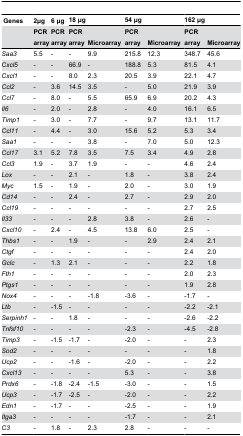
<table><thead><tr><td><b> Genes</b></td><td><b>2μg</b></td><td><b>6 μg</b></td><td colspan="2"><b>18 μg</b></td><td colspan="2"><b>54 μg</b></td><td colspan="2"><b>162 μg</b></td></tr><tr><td></td><td><b>PCR array</b></td><td><b>PCR array</b></td><td><b>PCR array</b></td><td><b>Microarray</b></td><td><b>PCR array</b></td><td><b>Microarray</b></td><td><b>PCR array</b></td><td><b>Microarray</b></td></tr></thead><tbody><tr><td><i>Saa3</i></td><td>5.5</td><td>-</td><td>-</td><td>9.9</td><td>215.8</td><td>12.3</td><td>348.7</td><td>45.6</td></tr><tr><td><i>Cxcl5</i></td><td>-</td><td>-</td><td>66.9</td><td>-</td><td>188.8</td><td>5.3</td><td>81.5</td><td>4.1</td></tr><tr><td><i>Cxcl1</i></td><td>-</td><td>-</td><td>8.0</td><td>2.3</td><td>20.5</td><td>3.9</td><td>22.1</td><td>4.7</td></tr><tr><td><i>Ccl2</i></td><td>-</td><td>3.6</td><td>14.5</td><td>3.5</td><td>-</td><td>5.0</td><td>21.9</td><td>3.9</td></tr><tr><td><i>Ccl7</i></td><td>-</td><td>8.0</td><td>-</td><td>5.5</td><td>65.9</td><td>6.9</td><td>20.2</td><td>4.3</td></tr><tr><td><i>Il6</i></td><td>-</td><td>2.0</td><td>-</td><td>2.8</td><td>-</td><td>4.0</td><td>16.1</td><td>6.5</td></tr><tr><td><i>Timp1</i></td><td>-</td><td>3.0</td><td>-</td><td>7.7</td><td>-</td><td>9.7</td><td>13.1</td><td>11.7</td></tr><tr><td><i>Ccl11</i></td><td>-</td><td>4.4</td><td>-</td><td>3.0</td><td>15.6</td><td>5.2</td><td>5.3</td><td>3.4</td></tr><tr><td><i>Saa1</i></td><td>-</td><td>-</td><td>-</td><td>3.8</td><td>-</td><td>7.0</td><td>5.0</td><td>12.3</td></tr><tr><td><i>Ccl17</i></td><td>3.1</td><td>5.2</td><td>7.8</td><td>3.5</td><td>7.5</td><td>3.4</td><td>4.9</td><td>2.8</td></tr><tr><td><i>Ccl3</i></td><td>1.9</td><td>-</td><td>3.7</td><td>1.9</td><td>-</td><td>-</td><td>4.6</td><td>2.4</td></tr><tr><td><i>Lox</i></td><td>-</td><td>-</td><td>2.1</td><td>-</td><td>1.8</td><td>-</td><td>3.8</td><td>2.4</td></tr><tr><td><i>Myc</i></td><td>1.5</td><td>-</td><td>1.9</td><td>-</td><td>2.0</td><td>-</td><td>3.0</td><td>1.9</td></tr><tr><td><i>Cd14</i></td><td>-</td><td>-</td><td>2.4</td><td>-</td><td>2.7</td><td>-</td><td>2.9</td><td>2.0</td></tr><tr><td><i>Ccl19</i></td><td>-</td><td>-</td><td>-</td><td>-</td><td>-</td><td>-</td><td>2.7</td><td>2.5</td></tr><tr><td><i>Il33</i></td><td>-</td><td>-</td><td>-</td><td>2.8</td><td>3.8</td><td>-</td><td>2.6</td><td>-</td></tr><tr><td><i>Cxcl10</i></td><td>-</td><td>2.4</td><td>-</td><td>4.5</td><td>13.8</td><td>6.0</td><td>2.5</td><td>-</td></tr><tr><td><i>Thbs1</i></td><td>-</td><td>-</td><td>1.9</td><td>-</td><td>-</td><td>2.9</td><td>2.4</td><td>2.1</td></tr><tr><td><i>Ctgf</i></td><td>-</td><td>-</td><td>-</td><td>-</td><td>-</td><td>-</td><td>2.4</td><td>2.0</td></tr><tr><td><i>Gclc</i></td><td>-</td><td>1.3</td><td>2.1</td><td>-</td><td>-</td><td>-</td><td>2.2</td><td>1.8</td></tr><tr><td><i>Fth1</i></td><td>-</td><td>-</td><td>-</td><td>-</td><td>-</td><td>-</td><td>2.0</td><td>2.3</td></tr><tr><td><i>Ptgs1</i></td><td>-</td><td>-</td><td>-</td><td>-</td><td>-</td><td>-</td><td>1.9</td><td>2.8</td></tr><tr><td><i>Nox4</i></td><td>-</td><td>-</td><td>-</td><td>-1.8</td><td>-3.6</td><td>-</td><td>-1.7</td><td>-</td></tr><tr><td><i>Ltb</i></td><td>-</td><td>-1.5</td><td>-</td><td>-</td><td>-</td><td>-</td><td>-2.2</td><td>-2.1</td></tr><tr><td><i>Serpinh1</i></td><td>-</td><td>-</td><td>1.8</td><td>-</td><td>-</td><td>-</td><td>-2.6</td><td>-2.2</td></tr><tr><td><i>Tnfsf10</i></td><td>-</td><td>-</td><td>-</td><td>-</td><td>-2.3</td><td>-</td><td>-4.5</td><td>-2.8</td></tr><tr><td><i>Timp3</i></td><td>-</td><td>-1.5</td><td>-1.7</td><td>-</td><td>-2.0</td><td>-</td><td>-</td><td>2.3</td></tr><tr><td><i>Sod2</i></td><td>-</td><td>-</td><td>-</td><td>-</td><td>-</td><td>-</td><td>-</td><td>1.8</td></tr><tr><td><i>Ucp2</i></td><td>-</td><td>-</td><td>-1.6</td><td>-</td><td>-2.0</td><td>-</td><td>-</td><td>2.2</td></tr><tr><td><i>Cxcl13</i></td><td>-</td><td>-</td><td>-</td><td>-</td><td>5.3</td><td>-</td><td>-</td><td>3.8</td></tr><tr><td><i>Prdx6</i></td><td>-</td><td>-1.8</td><td>-2.4</td><td>-1.5</td><td>-3.0</td><td>-</td><td>-</td><td>1.5</td></tr><tr><td><i>Ucp3</i></td><td>-</td><td>-1.7</td><td>-2.5</td><td>-</td><td>-2.0</td><td>-</td><td>-</td><td>2.2</td></tr><tr><td><i>Edn1</i></td><td>-</td><td>-1.7</td><td>-</td><td>-</td><td>-2.5</td><td>-</td><td>-</td><td>1.9</td></tr><tr><td><i>Itga3</i></td><td>-</td><td>-</td><td>-</td><td>-</td><td>-1.7</td><td>-</td><td>-</td><td>2.1</td></tr><tr><td><i>C3</i></td><td>-</td><td>1.8</td><td>-</td><td>2.3</td><td>2.8</td><td>-</td><td>-</td><td>-</td></tr></tbody></table>